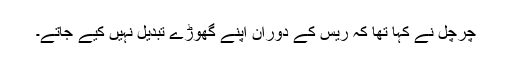
چرچل نے کہا تھا کہ ریس کے دوران اپنے گھوڑے تبدیل نہیں کیے جاتے۔